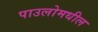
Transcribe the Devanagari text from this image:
पाउलोमधील